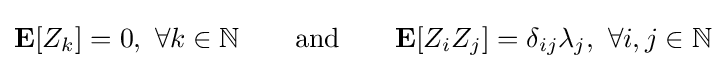
\mathbf {E} [Z_{k}]=0,~\forall k\in \mathbb {N} \qquad {\mbox{and}}\qquad \mathbf {E} [Z_{i}Z_{j}]=\delta _{ij}\lambda _{j},~\forall i,j\in \mathbb {N}